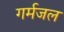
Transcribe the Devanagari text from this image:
गर्मजल